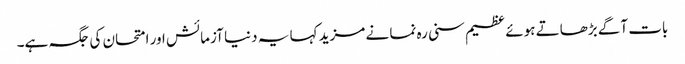
بات آگے بڑھاتے ہوئے عظیم سنی رہ نما نے مزید کہا یہ دنیا آزمائش اور امتحان کی جگہ ہے۔